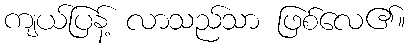
ကျယ်ပြန့် လာသည်သာ ဖြစ်လေ၏။